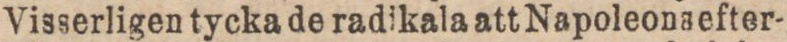
Visserligen tycka de radikala att Napoleonsefter-